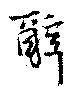
辞